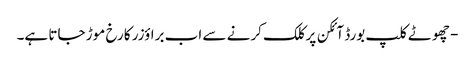
- چھوٹے کلپ بورڈ آئکن پر کلک کرنے سے اب براؤزر کا رخ موڑ جاتا ہے۔